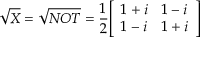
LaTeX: { \sqrt { X } } = { \sqrt { N O T } } = { \frac { 1 } { 2 } } { \left[ \begin{array} { l l } { 1 + i } & { 1 - i } \\ { 1 - i } & { 1 + i } \end{array} \right] }